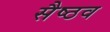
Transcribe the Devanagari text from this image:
सैष्ठव